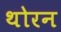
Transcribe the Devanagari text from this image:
थोरन